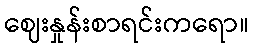
ဈေးနှုန်းစာရင်းကရော။